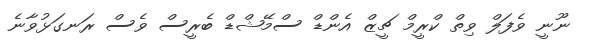
ނޫނީ ވެފަލް ވިތް ކްރީމް ޗީޒް އެންޑް ސްމޭޝްޑް ބެރީސް ވެސް ރަނގަޅުވާނެ